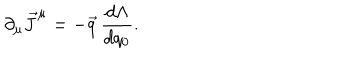
\partial _ { \mu } \vec { J } ^ { \mu } = - \vec { q } \, \frac { d \Lambda } { d q _ { 0 } } .